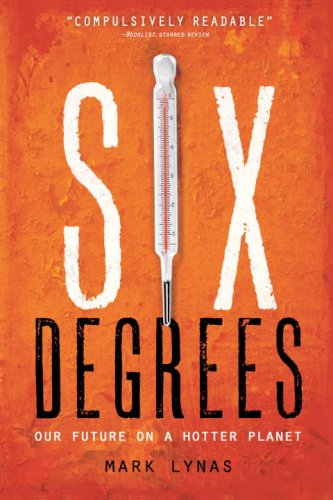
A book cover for Six Degrees: Our Future on a Hotter Planet; Mark Lynas; Science & Math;